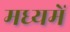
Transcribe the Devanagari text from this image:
मध्यमें